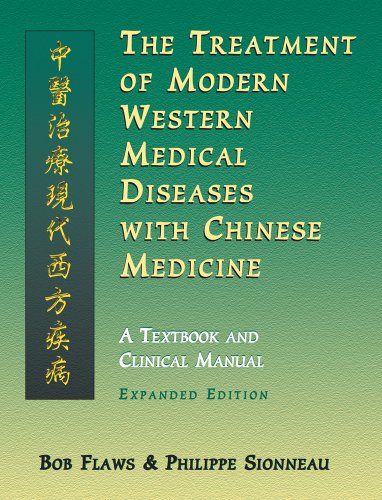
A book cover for The Treatment of Modern Western Medical Diseases with Chinese Medicine; Bob Flaws; Health, Fitness & Dieting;